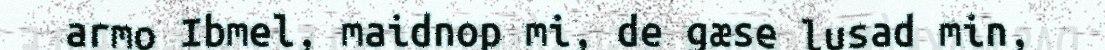
armo Ibmel, maidnop mi, de gæse lusad min,